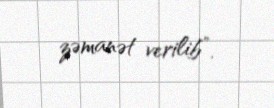
zəmanət verilib”.